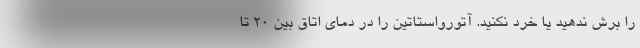
را برش ندهید یا خرد نکنید. آتورواستاتین را در دمای اتاق بین 20 تا